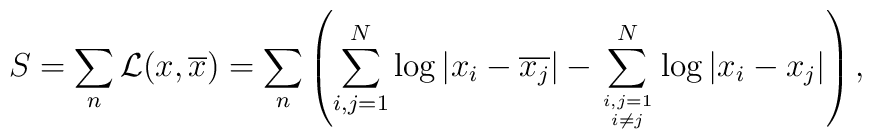
S = \sum_n {\cal L}(x,\overline{x}) =\sum_n \left( \sum_{i,j=1}^{N} \log | x_{i}-\overline{x_{j}}| -\sum_{i,j=1 \atop i \ne j }^{N} \log | x_{i}-{x_{j}}| \right)   ,